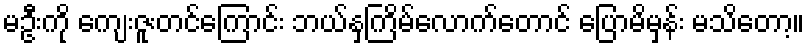
မဦးကို ကျေးဇူးတင်ကြောင်း ဘယ်နှကြိမ်လောက်တောင် ပြောမိမှန်း မသိတော့။